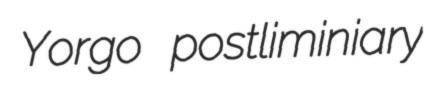
Yorgo postliminiary